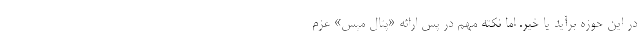
در این حوزه برآید یا خیر. اما نکته مهم در پس ارائه «پتال مپس» عزم